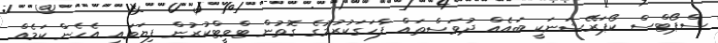
ސްޕޯޓްސް ކޯޕަރޭޭޝަނަކީ ބައެއް ދުވަސްތައް ފާހަގަކުރުމުގެ ގޮތުން ޓްވީޓްކުރުން ފިޔަވައި އެހެން ކަމެއް